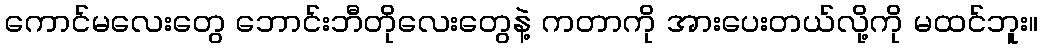
ကောင်မလေးတွေ ဘောင်းဘီတိုလေးတွေနဲ့ ကတာကို အားပေးတယ်လို့ကို မထင်ဘူး။